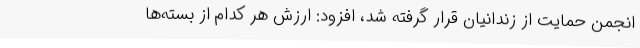
انجمن حمایت از زندانیان قرار گرفته شد، افزود: ارزش هر کدام از بسته‌ها